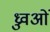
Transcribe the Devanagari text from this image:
ध्रुवओं